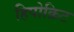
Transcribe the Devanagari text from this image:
हिपोक्रिट